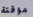
مؤقتة